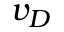
v _ { D }